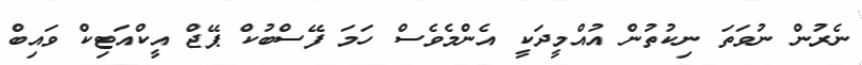
ނެރުން ނުވަތަ ނިކުތުން އުއްމީދަކީ އެންމެވެސް ހަމަ ފޭސްބުކް ޕޭޖް އީކްއަޓިކް ވައިބް